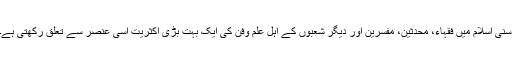
سنی اسلام میں فقہاء، محدثین، مفسرین اور دیگر شعبوں کے اہل علم وفن کی ایک بہت بڑی اکثریت اسی عنصر سے تعلق رکھتی ہے۔